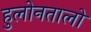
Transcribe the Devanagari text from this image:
हुलोनतालो